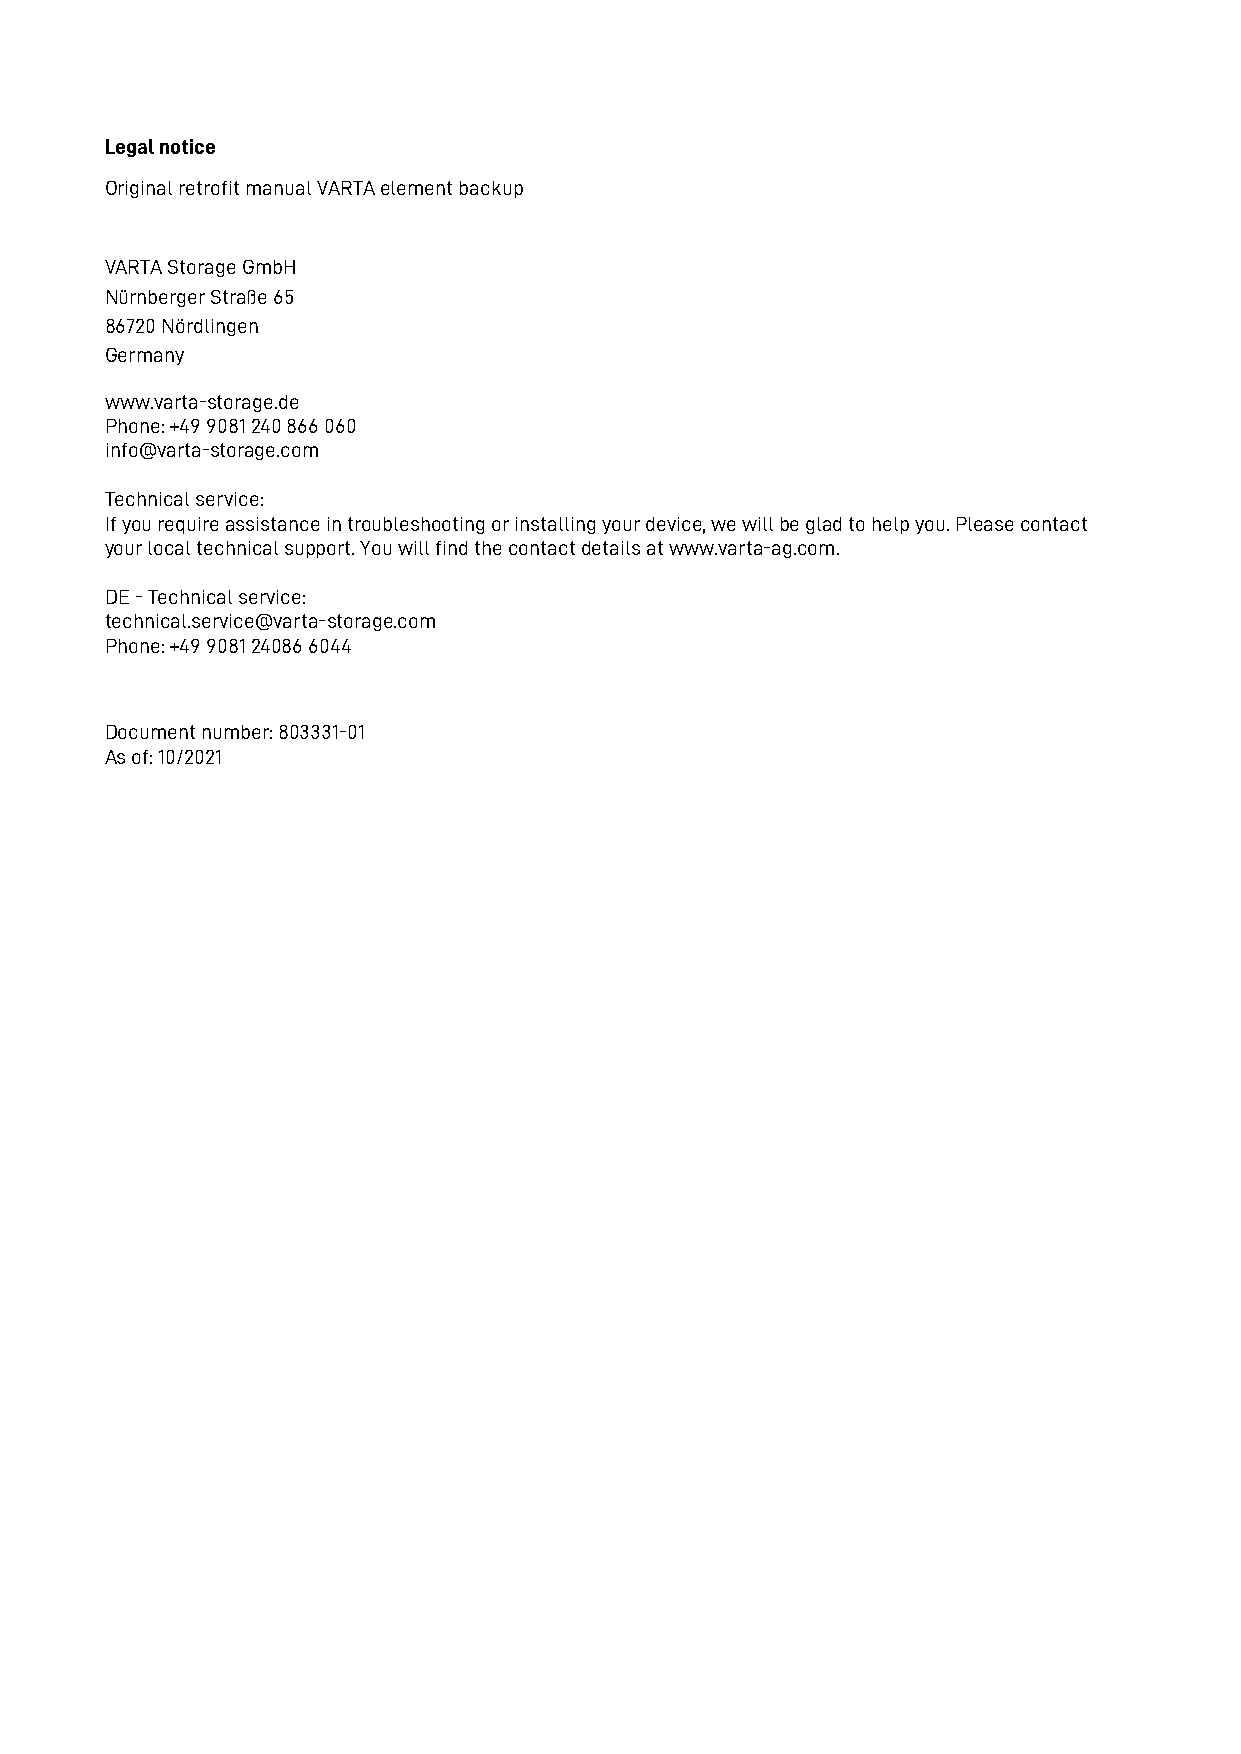
Legal notice
 Original retrofit manual VARTA element backup
 VARTA Storage GmbH
 Nürnberger Straße 65
 86720 Nördlingen
 Germany
 www.varta-storage.de
 Phone: +49 9081 240 866 060
 info@varta-storage.com
 Technical service:
 If you require assistance in troubleshooting or installing your device, we will be glad to help you. Please contact
 your local technical support. You will find the contact details at www.varta-ag.com.
 DE - Technical service:
 technical.service@varta-storage.com
 Phone: +49 9081 24086 6044
 Document number: 803331-01
 As of: 10/2021